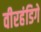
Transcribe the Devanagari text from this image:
वीरहंडिगे